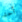
أحد